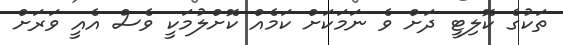
ތަކުގެ ކޮލިޓީ ދަށް ވެ ނަމަކަށް ކަމެއް ކޮށްލުމަކީ ވެސް އެއީ ވަރަށް